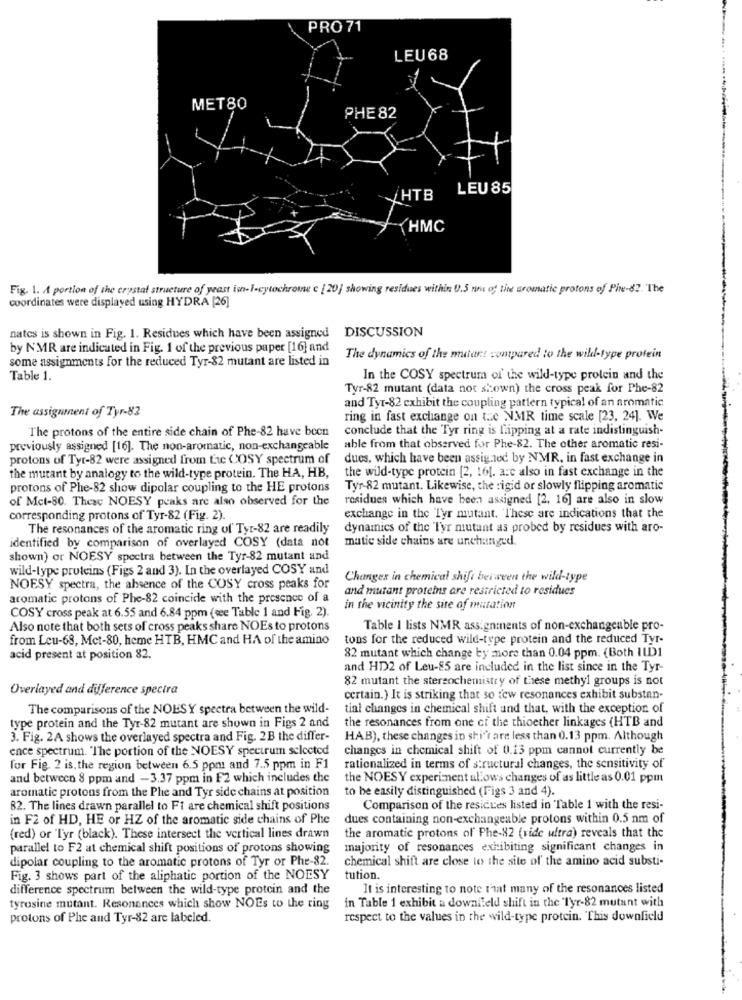
PRO 71
LEU68
MET80
PHE 82
LEU 85
/HTB
HMC
Fig. 1. A portion of the crystal structure of yeast isn-I-cytochrome c [ 20] showing residues within U.5 nous of the aromatic protons of Pine-82. The
coordinates were displayed using HYDRA [26]
nates is shown in Fig. 1. Residues which have been assigned DISCUSSION
by NMR are indicated in Fig. 1 of the previous paper [16] and
some assignments for the reduced Tyr-82 mutant are listed in
The dynamics of the mutant compared to the wild-type protein
Table 1.
In the COSY spectrum of the wild-type protein and the
Tyr-82 mutant (data not shown) the cross peak for Phe-82
and Tyr-82 exhibit the coupling pattern typical of an aromatic
The assignment of Tyr-82
ring in fast exchange on tue NMR time scale [23, 24]. We
conclude that the Tyr ring is flipping at a rate indistinguish-
The protons of the entire side chain of Phe-82 have been
previously assigned [16]. The non-aromatic, non-exchangeable
able from that observed for Phe-82. The other aromatic resi-
protons of Tyr-82 were assigned from the COSY spectrum of
dues, which have been assigned by NMR, in fast exchange in
the wild-type protein [2, 161. are also in fast exchange in the
the mutant by analogy to the wild-type protein. The HA, HB,
protons of Phe-82 show dipolar coupling to the HE protons
Tyr-82 mutant. Likewise, the rigid or slowly flipping aromatic
of Mct-80. These NOESY peaks are also observed for the
residues which have been assigned [2, 16] are also in slow
corresponding protons of Tyr-82 (Fig. 2).
exchange in the Tyr mutant. These are indications that the
The resonances of the aromatic ring of Tyr-82 are readily
dynamics of the Tyr mutant as probed by residues with aro-
matie side chains are unchanged.
identified by comparison of overlayed COSY (data not
shown) or NOESY spectra between the Tyr-82 mutant and
wild-type proteins (Figs 2 and 3). In the overlayed COSY and
Changes in chemical shift between the wild-type
NOESY spectra, the absence of the COSY cross peaks for
and mutant proteins are restricted to residues
aromatic protons of Phe-82 coincide with the presence of a
COSY cross peak at 6.55 and 6.84 ppm (we Table 1 and Fig. 2).
in the vicinity the site of mutation
Also note that both sets of cross peaks share NOEs to protons
Table 1 lists NMR assignments of non-exchangeable pro-
from Leu-68, Mct-80, heme HTB, HMC and HA of the amino
tons for the reduced wild-type protein and the reduced Tyr-
82 mutant which change by more than 0.04 ppm. (Both ILD1
acid present at position 82.
and HD2 of Leu-85 are included in the list since in the Tyr-
82 mutant the stereochemistry of these methyl groups is not
Overlayed and diference spectra
certain.) It is striking that so tew resonances exhibit substan-
The comparisons of the NOESY spectra between the wild-
tial changes in chemical shift und that, with the exception of
type protein and the Tyr-82 mutant are shown in Figs 2 and
the resonances from one of the thioether linkages (HTB and
3. Fig. 2A shows the overlayed spectra and Fig. 2B the differ-
HAB), these changes in shi'r are less than 0.13 ppm. Although
ence spectrum. "The portion of the NOESY spectrum selected
changes in chemical shift of 0.13 ppm cannot currently be
for Fig. 2 is. the region between 6.5 ppm and 7.5 ppm in F1
rationalized in terms of structural changes, the sensitivity of
and between 8 ppm and - 3.37 ppm in F2 which includes the
the NOESY experiment allows changes of as little as 0.01 ppm
aromatic protons from the Phe and Tyr side chains at position
to be easily distinguished (Figs 3 and 4).
82. The lines drawn parallel to Ff are chemical shift positions
Comparison of the resicues listed in Table 1 with the resi-
in F2 of HD, HE or HZ of the aromatic side chains of Phe
dues containing non-exchangeable protons within 0.5 nm of
(red) or Tyr (black). These intersect the vertical lines drawn
the aromatic protons of Phe-82 (vide ultra) reveals that the
parallel to F2 at chemical shift positions of protons showing
majority of resonances exhibiting significant changes in
dipolar coupling to the aromatic protons of Tyr or Phe-82.
chemical shift are close to the site of the amino acid substi-
Fig. 3 shows part of the aliphatic portion of the NOESY
tution.
difference spectrum between the wild-type protein and the
It is interesting to note that many of the resonances listed
tyrosine mutant. Resonances which show NOEs to the ring
in Table 1 exhibit a downfleld shift in the 'Tyr-82 mutant with
protons of Phe and Tyr-82 are labeled.
respect to the values in the wild-type protein. This downfield